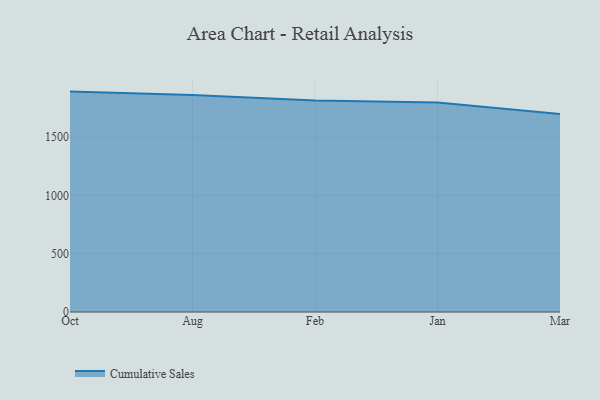
{"axis": {"x": "Month", "y": "Latency (ms)"}, "legend": ["Cumulative Sales"], "data": [{"x": "Oct", "y": 1889.8, "type": "Cumulative Sales"}, {"x": "Aug", "y": 1861.1, "type": "Cumulative Sales"}, {"x": "Feb", "y": 1813.8, "type": "Cumulative Sales"}, {"x": "Jan", "y": 1797.2, "type": "Cumulative Sales"}, {"x": "Mar", "y": 1697.1, "type": "Cumulative Sales"}]}